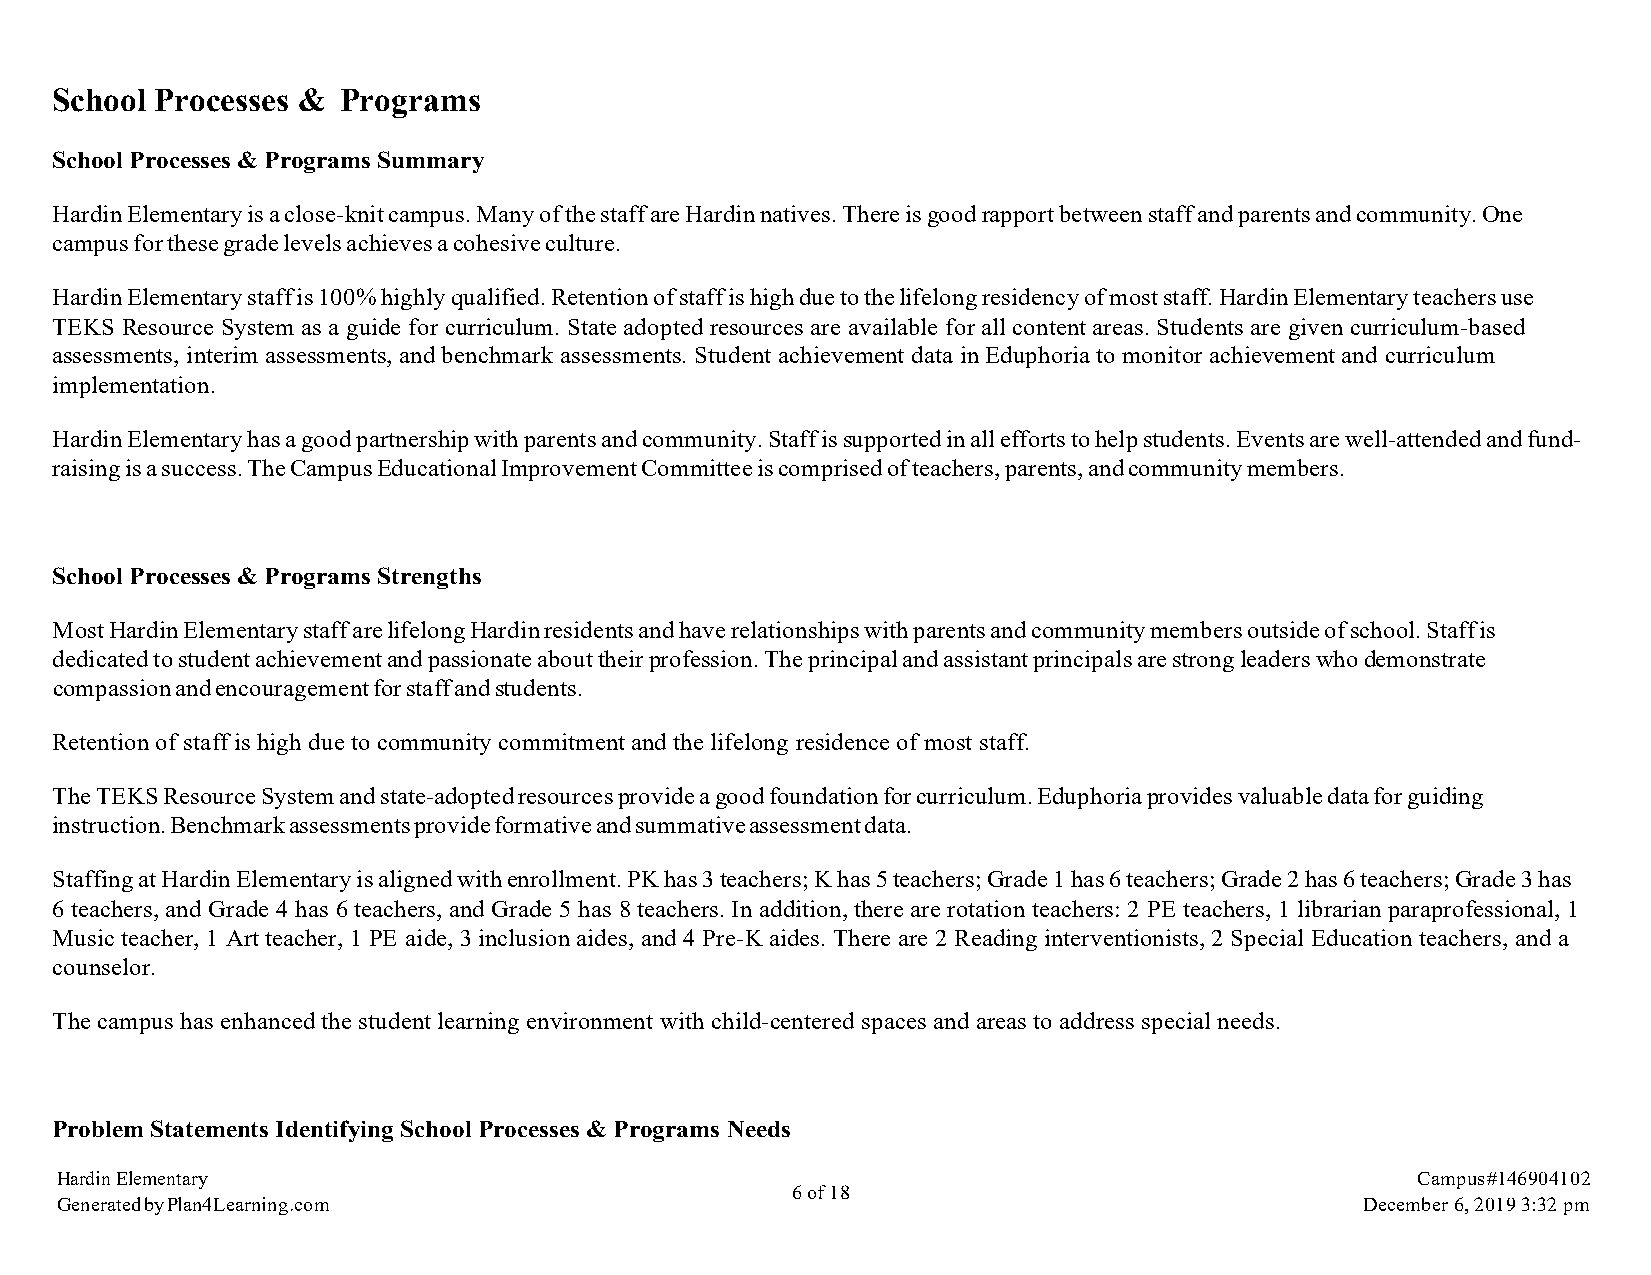
School Processes & Programs
 School Processes & Programs Summary
 Hardin Elementary is a close-knit campus. Many of the staff are Hardin natives. There is good rapport between staff and parents and community. One
 campus for these grade levels achieves a cohesive culture.
 Hardin Elementary staff is 100% highly qualified. Retention of staff is high due to the lifelong residency of most staff. Hardin Elementary teachers use
 TEKS Resource System as a guide for curriculum. State adopted resources are available for all content areas. Students are given curriculum-based
 assessments, interim assessments, and benchmark assessments. Student achievement data in Eduphoria to monitor achievement and curriculum
 implementation.
 Hardin Elementary has a good partnership with parents and community. Staff is supported in all efforts to help students. Events are well-attended and fund-
 raising is a success. The Campus Educational Improvement Committee is comprised of teachers, parents, and community members.
 School Processes & Programs Strengths
 Most Hardin Elementary staff are lifelong Hardin residents and have relationships with parents and community members outside of school. Staff is
 dedicated to student achievement and passionate about their profession. The principal and assistant principals are strong leaders who demonstrate
 compassion and encouragement for staff and students.
 Retention of staff is high due to community commitment and the lifelong residence of most staff.
 The TEKS Resource System and state-adopted resources provide a good foundation for curriculum. Eduphoria provides valuable data for guiding
 instruction. Benchmark assessments provide formative and summative assessment data.
 Staffing at Hardin Elementary is aligned with enrollment. PK has 3 teachers; K has 5 teachers; Grade 1 has 6 teachers; Grade 2 has 6 teachers; Grade 3 has
 6 teachers, and Grade 4 has 6 teachers, and Grade 5 has 8 teachers. In addition, there are rotation teachers: 2 PE teachers, 1 librarian paraprofessional, 1
 Music teacher, 1 Art teacher, 1 PE aide, 3 inclusion aides, and 4 Pre-K aides. There are 2 Reading interventionists, 2 Special Education teachers, and a
 counselor.
 The campus has enhanced the student learning environment with child-centered spaces and areas to address special needs.
 Problem Statements Identifying School Processes & Programs Needs
 Hardin Elementary                                                                         Campus #146904102
 6 of 18
 Generated by Plan4Learning.com                                                        December 6, 2019 3:32 pm